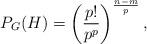
LaTeX: \begin{align*}P_G(H) = \left(\frac{p!}{p^p}\right)^{\frac{n-m}{p}},\end{align*}